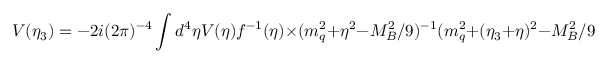
V ( \eta _ { 3 } ) = - 2 i ( 2 \pi ) ^ { - 4 } \int d ^ { 4 } \eta V ( \eta ) f ^ { - 1 } ( \eta ) \times ( m _ { q } ^ { 2 } + \eta ^ { 2 } - M _ { B } ^ { 2 } / 9 ) ^ { - 1 } ( m _ { q } ^ { 2 } + ( \eta _ { 3 } + \eta ) ^ { 2 } - M _ { B } ^ { 2 } / 9 ) ^ { - 1 }